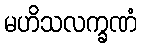
မဟိသလက္ခဏံ